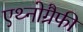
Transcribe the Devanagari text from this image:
एथ्नोग्रैफी